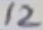
Text: 12